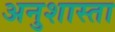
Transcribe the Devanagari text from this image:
अनुशास्ता